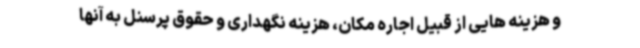
و هزینه هایی از قبیل اجاره مکان، هزینه نگهداری و حقوق پرسنل به آنها